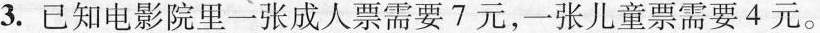
3.已知电影院里一张成人票需要7元，-张儿童票需要4元。